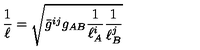
\frac { 1 } { \ell } = \sqrt { \bar { g } ^ { i j } g _ { A B } \frac { 1 } { \ell _ { A } ^ { i } } \frac { 1 } { \ell _ { B } ^ { j } } }